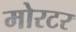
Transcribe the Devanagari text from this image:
मोरटर